Bréfritari: Sigríður Pálsdóttir
Viðtakandi: Páll Pálsson
Dagsetning: A-1867-07-07
Skrifað á: Breiðabólsstað  Rang.
Páll var bróðir Sigríðar

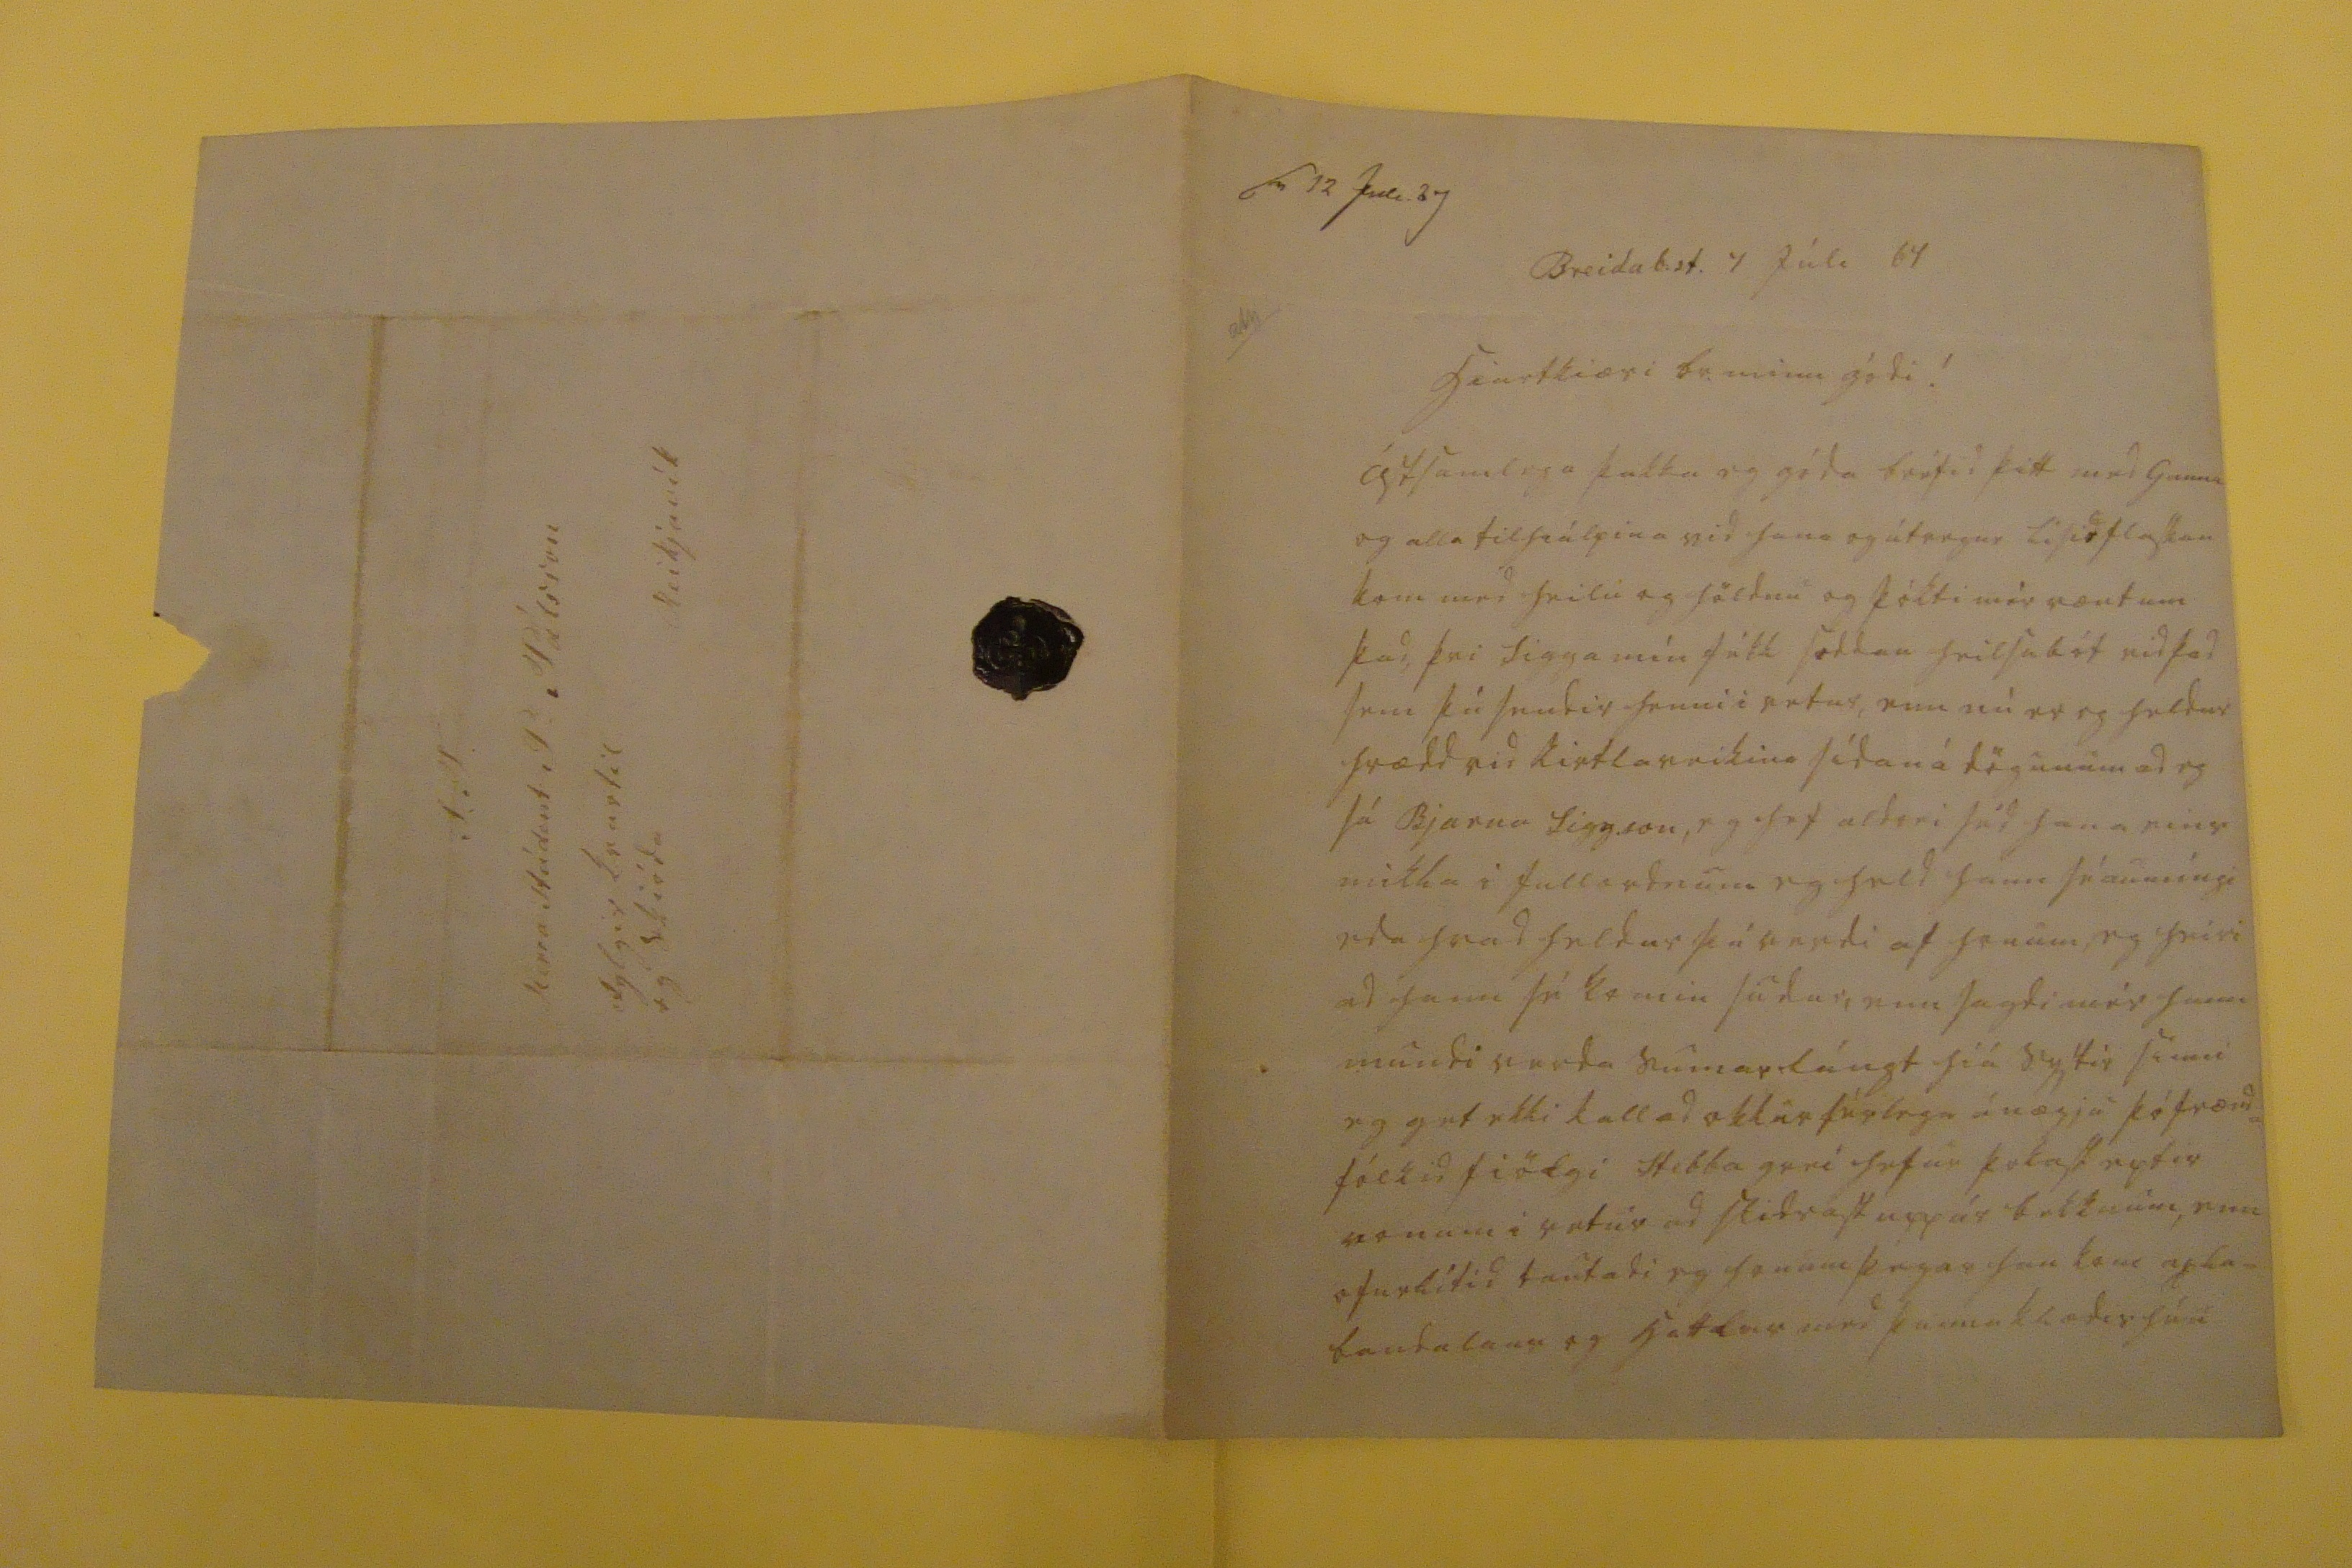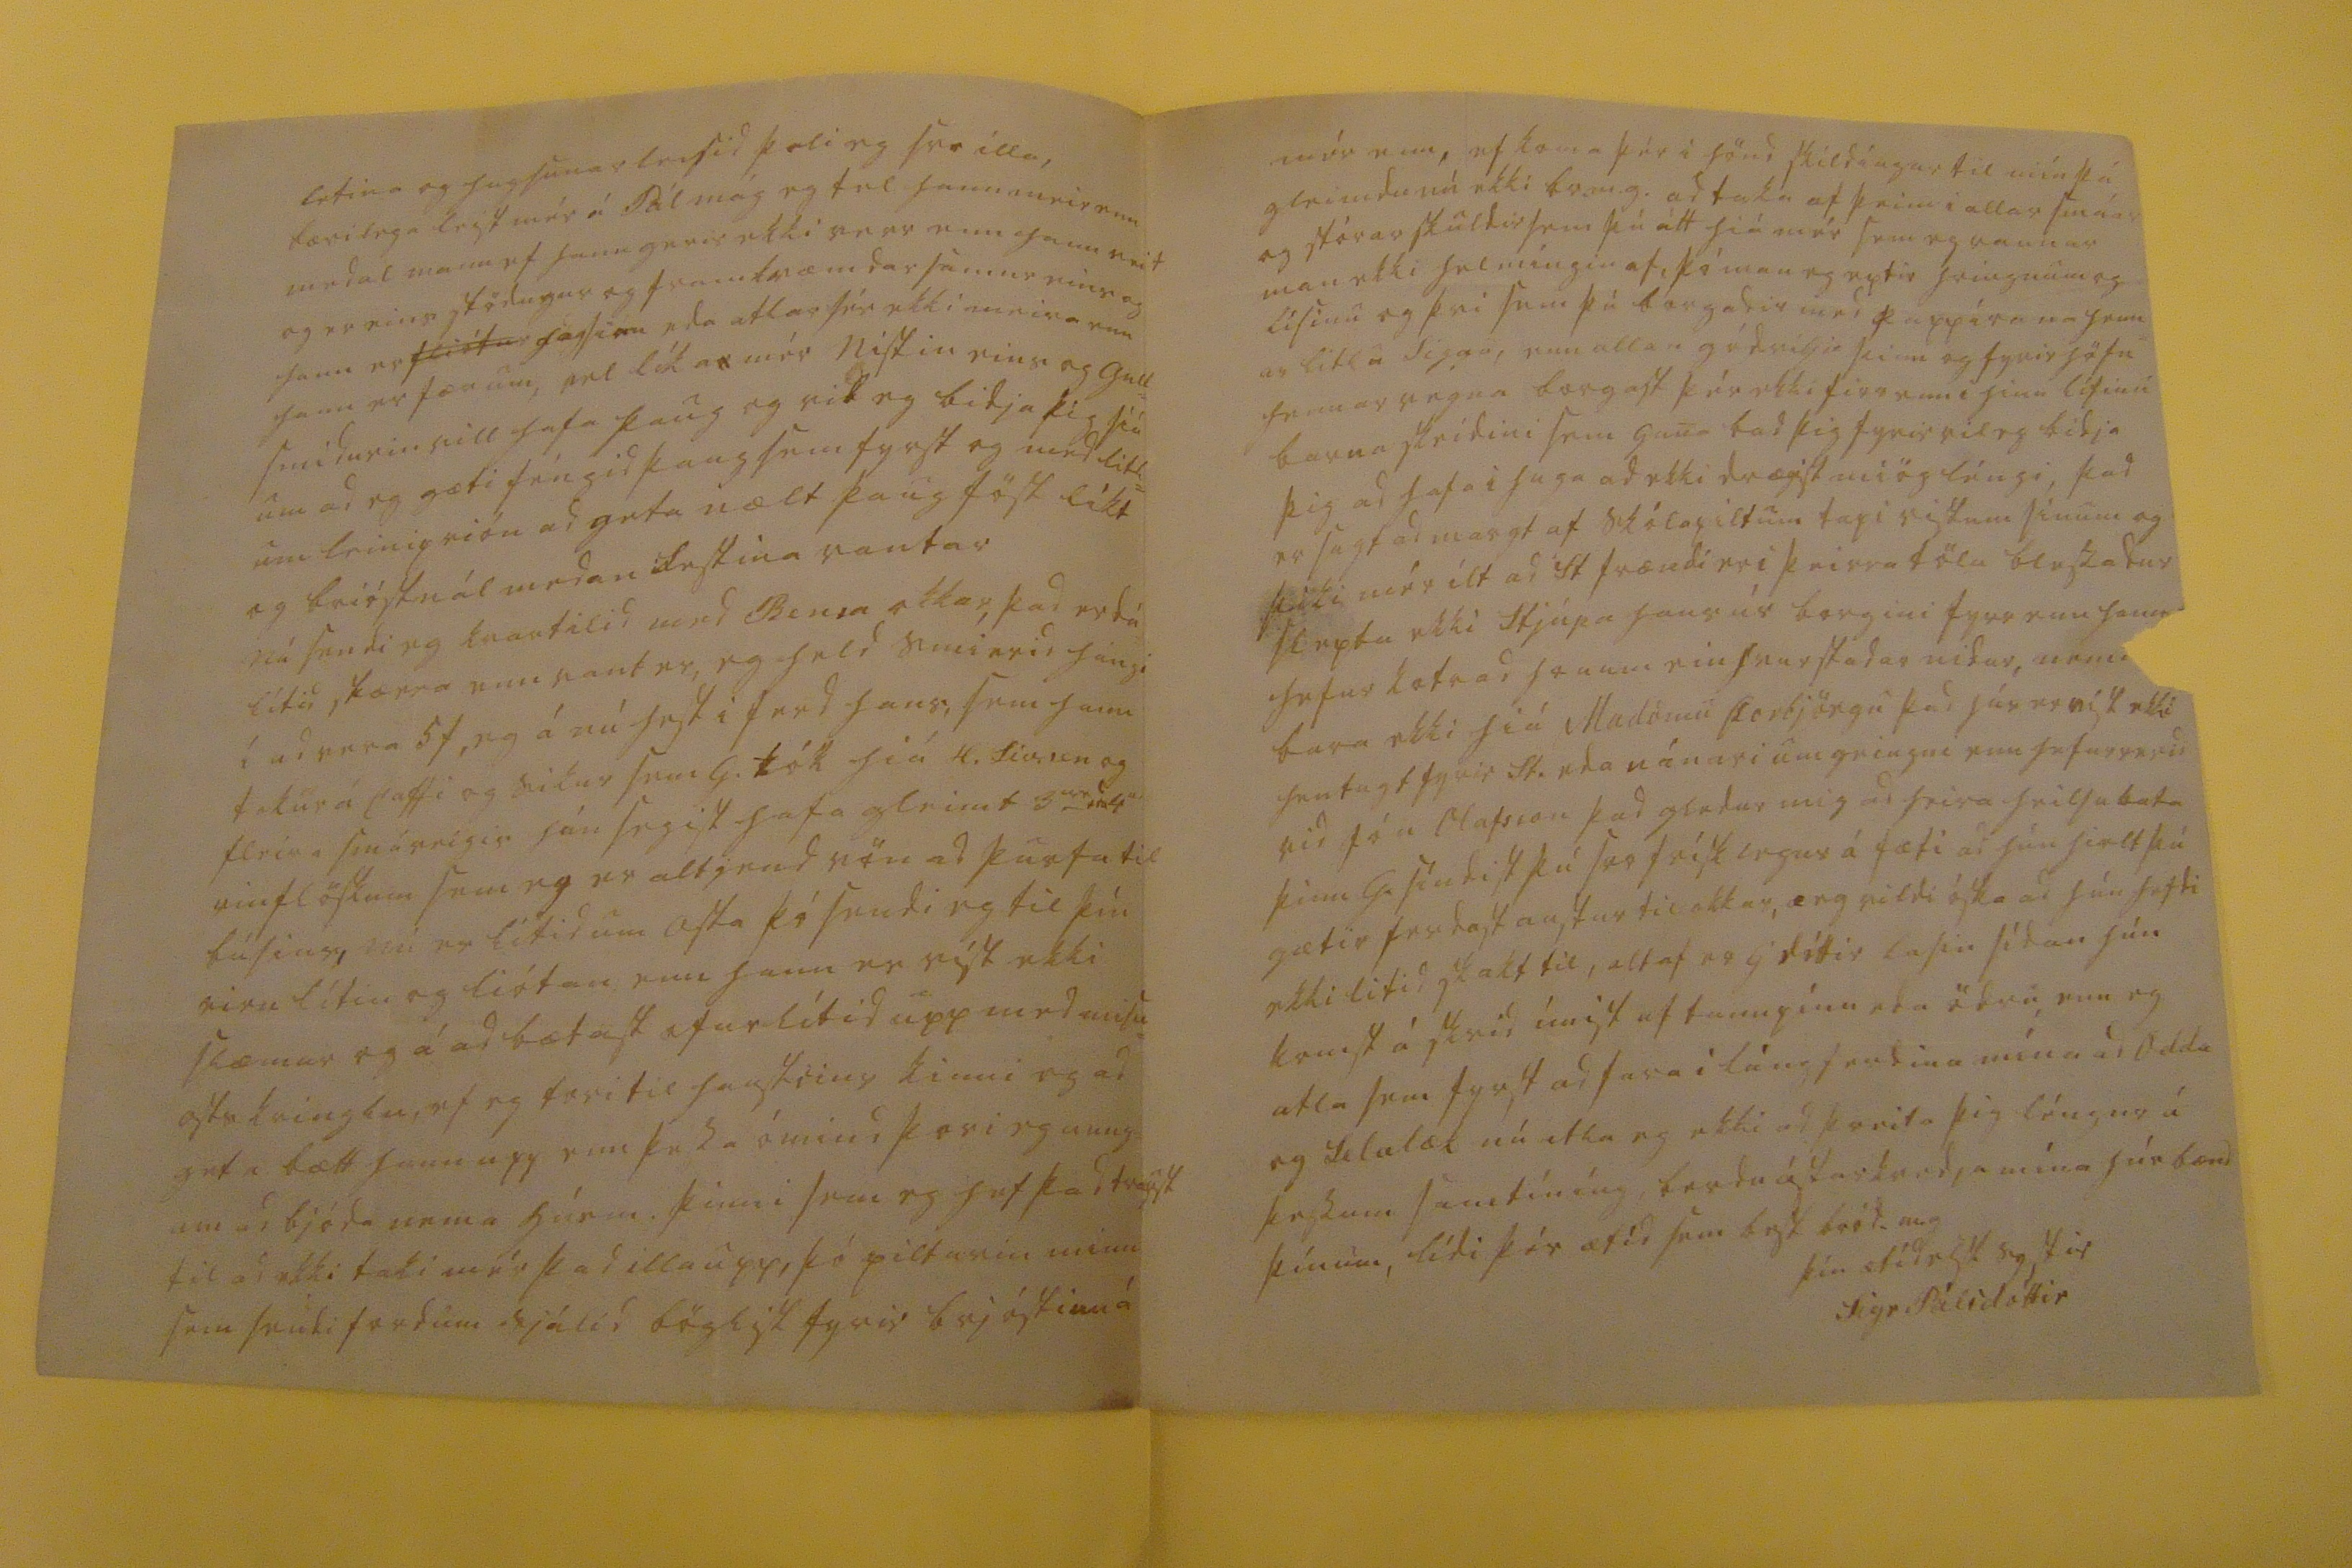

sv 12 Juli 67
Breidab.st. 7 Júli 67
hiartkiæri br. minn gódi!
ástsamlega þakka eg góda bréfid þitt med Gunnu og alla tilhiálpina vid hana og útvegur lísid flaskan kom med heilu og höldnu og þókti mér vænt um þad, þvi Sigga mín fékk soddan heilsubót vid þad sem þú sendir henni i vetur, enn nú er eg heldur hrædd vid kirtlaveikina sídan á dögunum ad eg sá Bjarna Sigg.son, eg hef aldrei séd hana eins mikla i fullordnum eg held hann sé aumíngi eda hvad heldur þú verdi af honum, eg heiri ad hann sé komin sudur, enn sagdi mér hann mundi verda sumarlángt hiá systir sinni eg get ekki kallad okkur sérlega ánægju þó frænd= fólkid fiölgi Stebba grei hefur þokast eptir vonum i vetur ad slidrast upp úr bekknum, enn ofurlítid tautadi eg honum þegar han kom axla= bandalaus og hatta
las
med þunna klædishúu
letina og hugsunar leisid þoli eg svo illa, bærilega leist mér á Pál mág eg tel hann meir enn medal mann ef hann gerir ekki verr enn hann veit og er eins stödugur og framkvæmdarsamur eins og hann er
fliótur
hagsirn eda atlar sér ekki meira enn hann er fær um, vel líkar mér nistin eins og gull= smidurin vill hafa þaug og vil eg bidja þig siá um ad eg gæti féngid þaug sem fyrst og med litl= um leiniprión ad geta nælt þaug föst líkt og brióstnál medan festina vantar nú sendi eg kvartilid med Bensa okkar, þad er dá lítid skærra enn vant er, eg held smierid hángi í ad vera 5 f, eg á nú hest i ferd hans, sem hann tekur á caffi og sikur sem G. tók hiá H. Siv.sen og fleira smáveigis hún segist hafa gleimt 3
ur
eda 4
u
vinflöskum sem eg er altjend vön ad þurfa til bússins, nú er lítid um osta þó sendi eg til þín eirn lítin og liótan enn hann er víst ekki slæmur og á ad bætast ofur lítid upp med misu= osts kringlu, ef eg færi til haustsins kinni eg ad geta bætt hann upp enn þessa ómind þori eg aung= um ad bjóda nema húsm. þinni sem eg hef þad traust til ad ekki tæki mér þad illa upp, þó pilturin minn sem sendi fordum sjálid böglist fyrir brjóstinu á
mér enn, ef koma þér i hönd skildíngar til mín þá gleimdu nú ekki br.m.g. ad taka af þeim i allar smáar og stórar skuldir sem þú átt hiá mér sem eg raunar man ekki helmíngin af, þó man eg eptir hringnum og lísinu og þvi sem þú borgadir med pappírana henn= ar litlu Siggu, enn allan gódvilja þinn og fyrir höfn hennar vegna borgast þér ekki firr enn i hinu lífinu barna skeidini sem Guna bad þig fyrir vil eg bidja þig ad hafa i huga ad ekki drægist miög léngi, þad er sagt ad margt af skólapiltum tapi vistum sínum og þiki mér ilt ad St frændi er i þeirra tölu blessadur sleptu ekki stjúpa hans úr borgini fyrr enn hann hefur kotrad honum einhvurstadar nidur, nema bara ekki hiá Madömu Þorbjörgu þad hús er vist ekki hentugt fyrir St. eda nánari umgeingni enn hefur verid vid Jón Olafsson þad gledur mig ad heira heilsubata þinn g. síndist þú svo frísklegur á fæti ad hún hielt þú gætir ferdast austur til okkar, æ eg vildi óska ad hún hefdi ekki litid skakt til, altaf er G dóttir lasin sídan hún komst á skrid ímist af tannpínu eda ödru, enn eg atla sem fyrst ad fara i lángferdina mína ad Odda og Selalæk nú atla eg ekki ad þreita þig léngur á þessum samtíníng, berdu ástarkvedju mína húsbænd þínum, lídi þér ætíd sem best bród.m.g
þín ætíd elsk systir
Sigr Pálsdóttir
S.T. Herra stúdent P. Pálsson Reikjavík fylgir kvartil og skióda